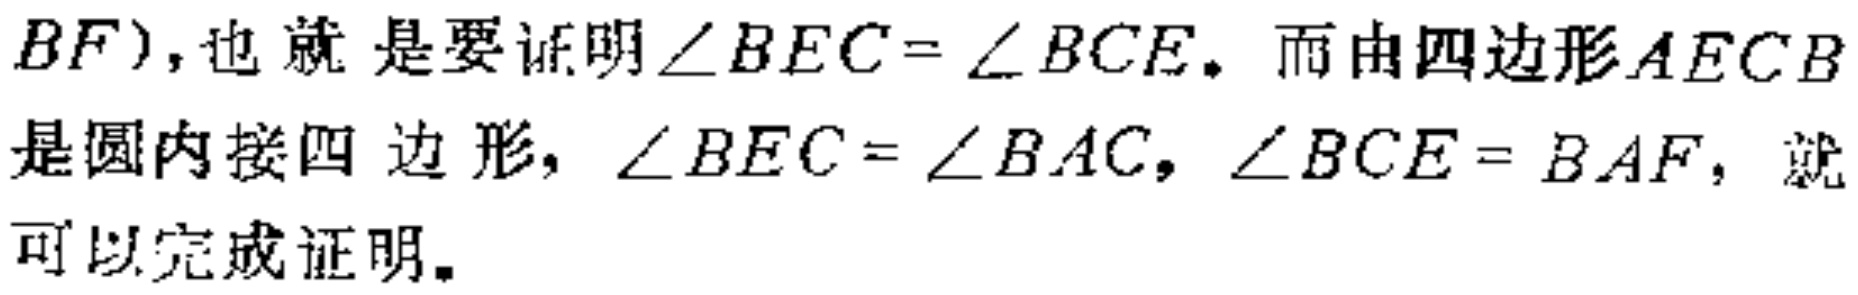
$BF$),也就是要证明$\angle BEC = \angle BCE$. 而由四边形$AECB$是圆内接四边形, $\angle BEC = \angle BAC$, $\angle BCE = BAF$, 就可以完成证明.